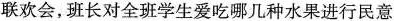
联欢会，班长对全班学生爱吃哪几种水果进行民意